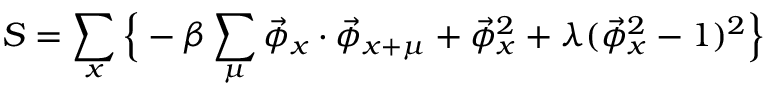
S = \sum _ { x } \Big \{ - \beta \sum _ { \mu } \vec { \phi } _ { x } \cdot \vec { \phi } _ { x + \mu } + \vec { \phi } _ { x } ^ { 2 } + \lambda ( \vec { \phi } _ { x } ^ { 2 } - 1 ) ^ { 2 } \Big \}